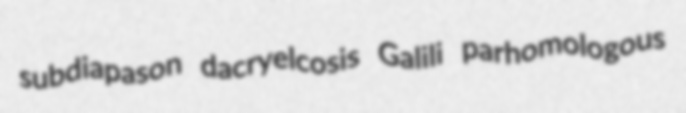
subdiapason dacryelcosis Galili parhomologous